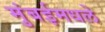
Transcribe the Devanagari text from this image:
मुंबईमधले